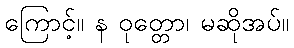
ကြောင့်။ န ဝုတ္တော၊ မဆိုအပ်။